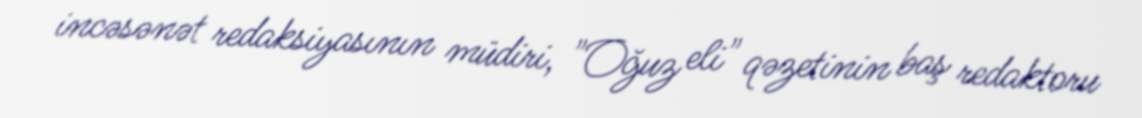
incəsənət redaksiyasının müdiri, "Oğuz eli" qəzetinin baş redaktoru